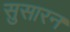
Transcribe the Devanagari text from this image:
सुसारन